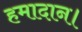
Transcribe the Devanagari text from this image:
हमादान।